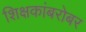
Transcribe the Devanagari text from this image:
शिक्षकांबरोबर